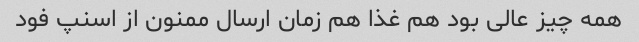
همه چیز عالی بود هم غذا هم زمان ارسال ممنون از اسنپ فود